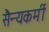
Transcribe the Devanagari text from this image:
सैन्यकर्मी